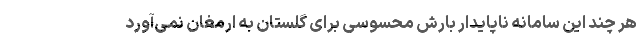
هر چند این سامانه ناپایدار بارش محسوسی برای گلستان به ارمغان نمی‌آورد